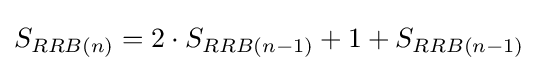
S_{RRB(n)}=2\cdot S_{RRB(n-1)}+1+S_{RRB(n-1)}